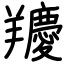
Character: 羻